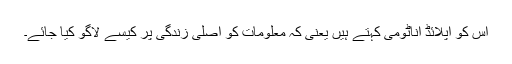
اس کو اپلائڈ اناٹومی کہتے ہیں یعنی کہ معلومات کو اصلی زندگی پر کیسے لاگو کیا جائے۔